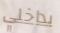
بداخلي